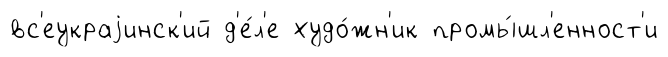
вс'еукраjинск'ий д'е́л'е худо́жн'ик промы́шл'енност'и